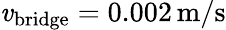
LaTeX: \mathit{v}_{\mathrm{{bridge}}}=0.002\, \mathrm{{m}}/\mathrm{{s}}